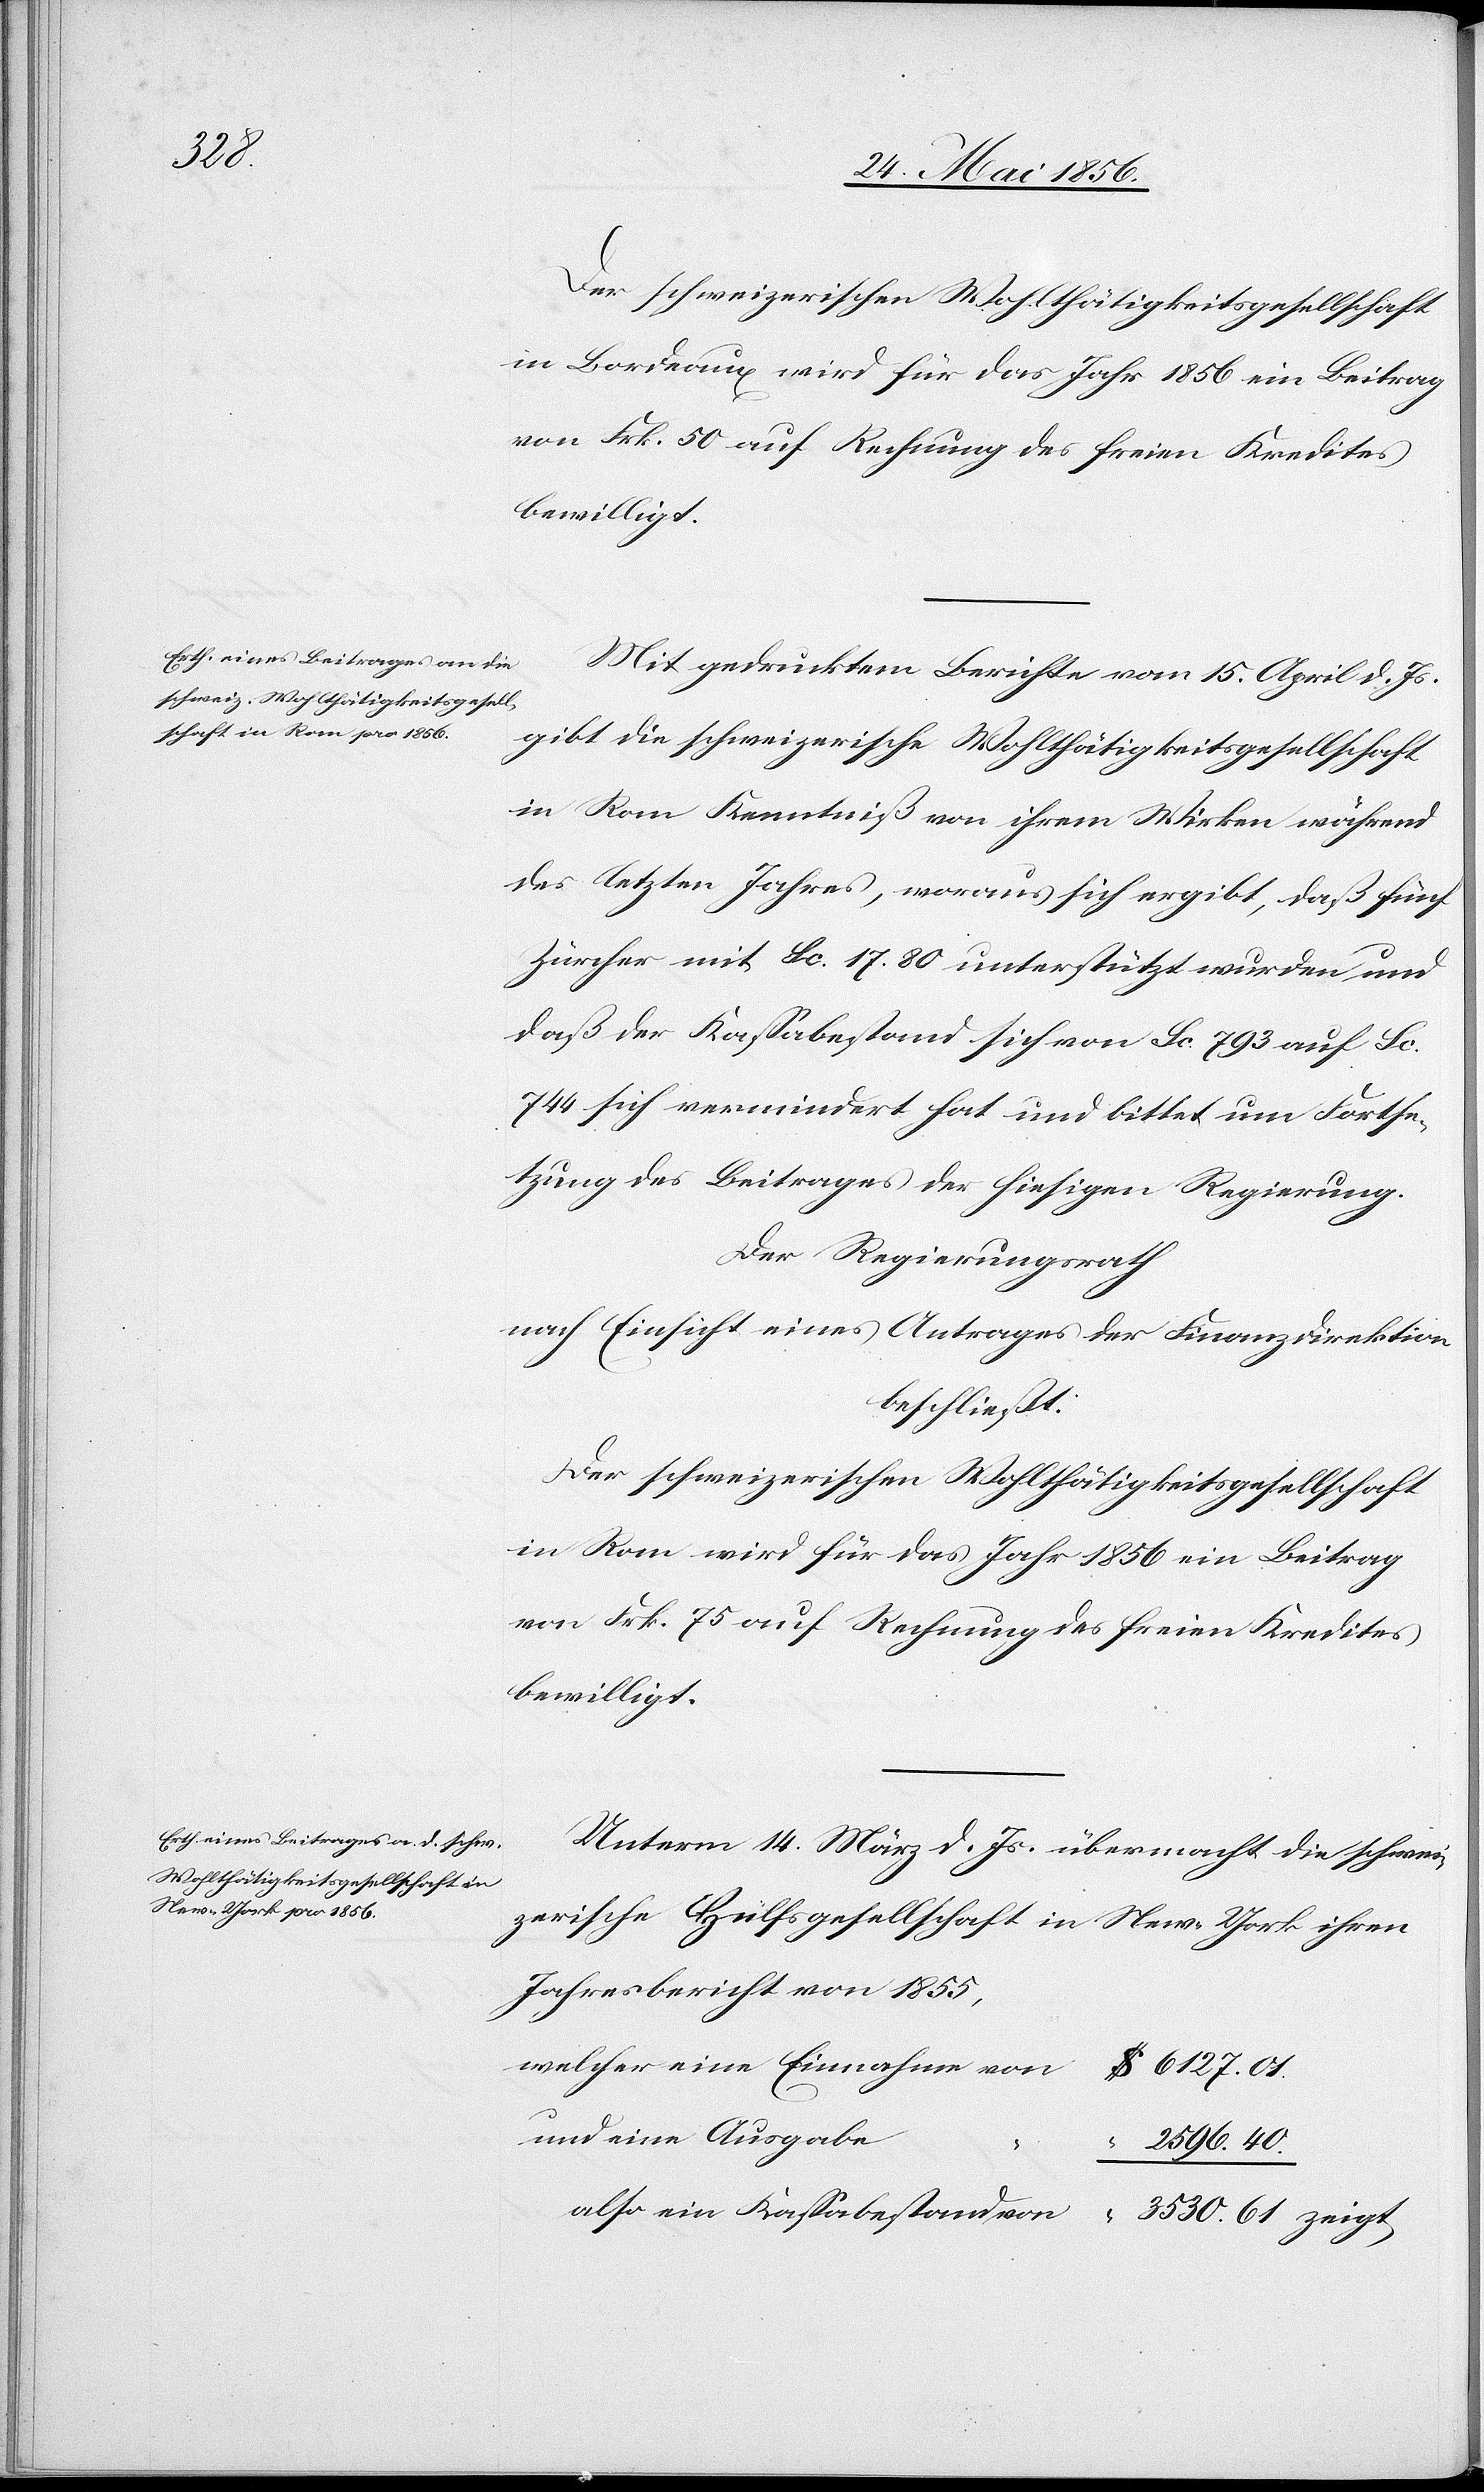
Der schweizerischen Wohlthätigkeitsgesellschaft
in Bordeaux wird für das Jahr 1856 ein Beitrag
von Frk. 50 auf Rechnung des freien Kredites
bewilligt.
Mit gedrucktem Berichte vom 15. April d. Js.
gibt die schweizerische Wohlthätigkeitsgesellschaft
in Rom Kenntniß von ihrem Wirken während
des letzten Jahres, woraus sich ergibt, daß fünf
Zürcher mit Sc. 17. 80 unterstützt wurden und
daß der Kassabestand sich von Sc. 793 auf Sc.
744 sich vermindert hat und bittet um Fortse¬
tzung des Beitrages der hiesigen Regierung.
Der Regierungsrath
nach Einsicht eines Antrages der Finanzdirektion
beschließt:
Der schweizerischen Wohlthätigkeitsgesellschaft
in Rom wird für das Jahr 1856 ein Beitrag
von Frk. 75 auf Rechnung des freien Kredites
bewilligt.
Unterm 14. März d. Js. übermacht die schwei¬
zerische Hülfsgesellschaft in New-York ihren
Jahresbericht von 1855,
welcher eine Einnahme von	$
6127. 01.
und eine Ausgabe
2596. 40.
also ein Kassabestand von
3530. 61. zeigt,